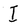
Character: I